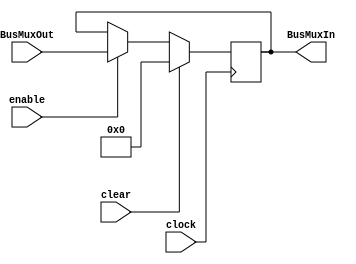
module REG(
	input clear, clock, enable,
	input [31:0]BusMuxOut,
	output wire [31:0]BusMuxIn
);
reg [31:0]q;
initial q = 32'b0;
always @ (posedge clock)
		begin 
			if (clear) begin
				q <= {32{1'b0}};
			end
			else if (enable) begin
				q <= BusMuxOut;
			end
		end
	assign BusMuxIn = q[31:0];
endmodule